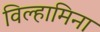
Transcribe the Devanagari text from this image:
विल्हामिना